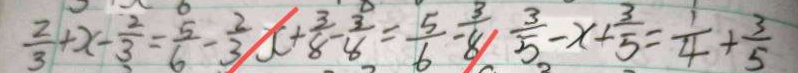
\frac { 2 } { 3 } + x - \frac { 2 } { 3 } = \frac { 5 } { 6 } - \frac { 2 } { 3 } x + \frac { 3 } { 8 } - \frac { 3 } { 8 } = \frac { 5 } { 6 } - \frac { 3 } { 8 } \frac { 3 } { 5 } - x + \frac { 3 } { 5 } = \frac { 1 } { 4 } + \frac { 3 } { 5 }